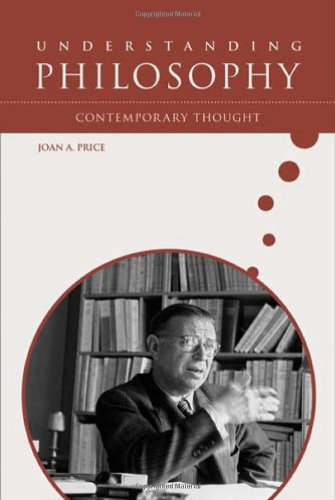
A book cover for Contemporary Thought (Understanding Philosophy); Joan A. Price; Teen & Young Adult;